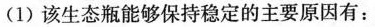
(1)该生态瓶能够保持稳定的主要原因有：